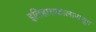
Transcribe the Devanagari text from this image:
इतिहासकालापासून